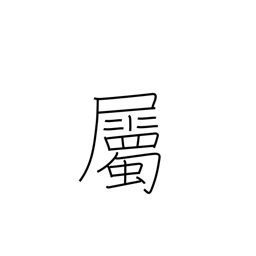
Meaning: belong